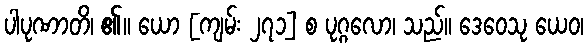
ပါပုဏာတိ၊ ၏။ ယော [ကျမ်း ၂၇၁] စ ပုဂ္ဂလော၊ သည်။ ဒေဝေသု ယေဝ၊